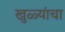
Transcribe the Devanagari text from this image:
खुळ्यांचा